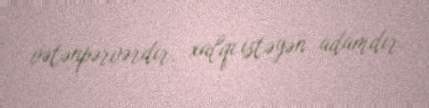
vətənpərvərdir, xalqı istəyən adamdır.